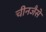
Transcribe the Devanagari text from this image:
चीनजैसे